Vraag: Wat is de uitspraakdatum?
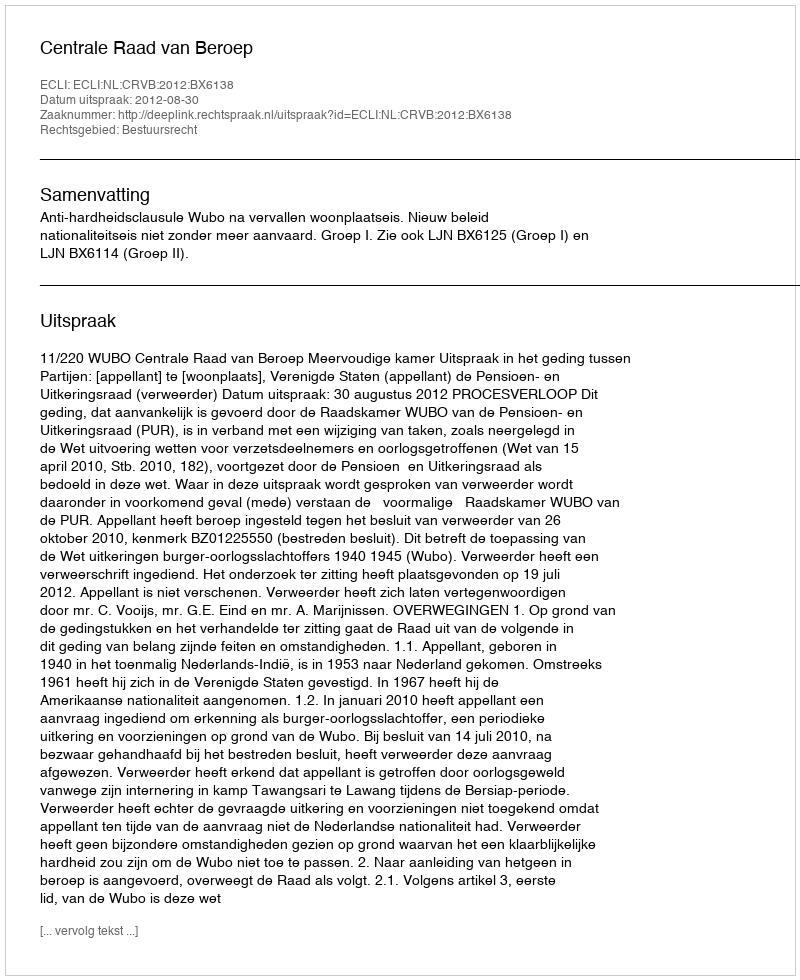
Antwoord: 2012-08-30